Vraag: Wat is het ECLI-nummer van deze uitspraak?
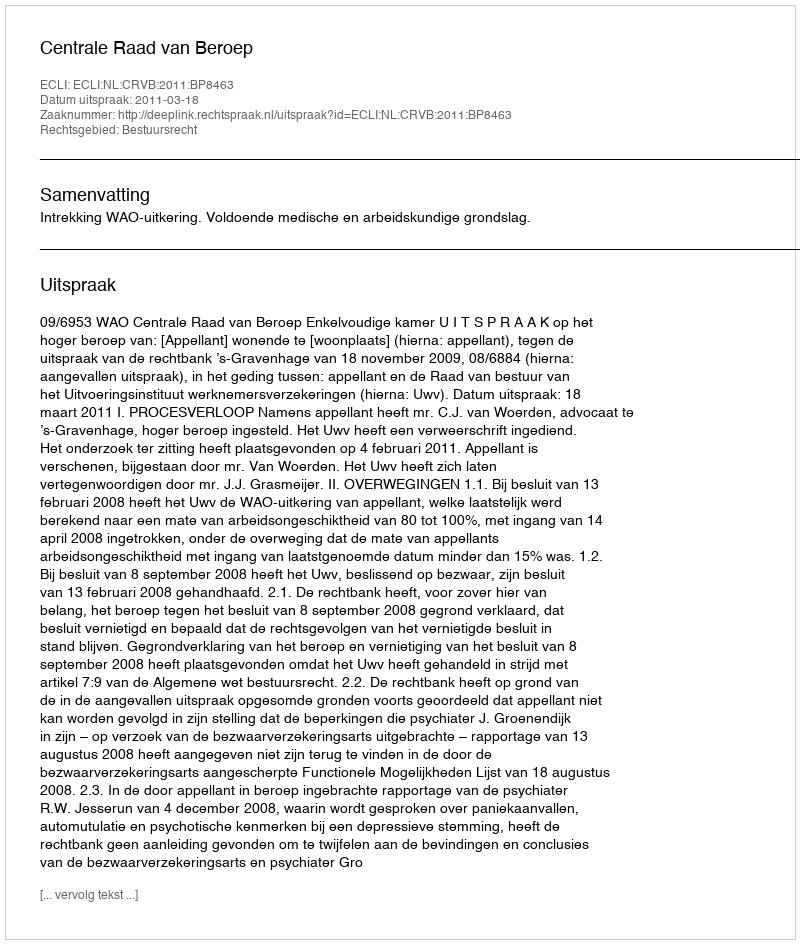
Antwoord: ECLI:NL:CRVB:2011:BP8463